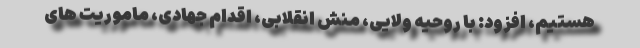
هستیم، افزود: با روحیه ولایی، منش انقلابی، اقدام جهادی، ماموریت های